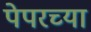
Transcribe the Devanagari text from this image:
पेपरच्या